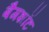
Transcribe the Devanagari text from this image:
बैगशॉट